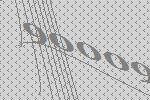
90009